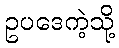
ဥပဒေကဲ့သို့